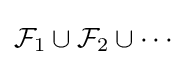
{\mathcal {F}}_{1}\cup {\mathcal {F}}_{2}\cup \cdots